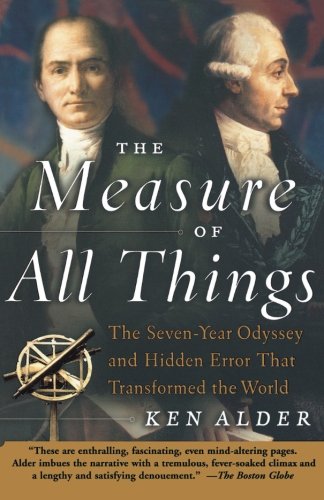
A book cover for The Measure of All Things: The Seven-Year Odyssey and Hidden Error That Transformed the World; Ken Alder; Science & Math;